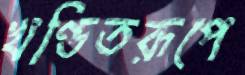
খণ্ডিতরূপে